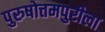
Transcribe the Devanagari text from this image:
पुरुषोत्तमपुरीला